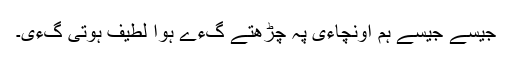
جیسے جیسے ہم اونچاءی پہ چڑھتے گءے ہوا لطیف ہوتی گءی۔